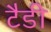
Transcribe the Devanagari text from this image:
टैडी